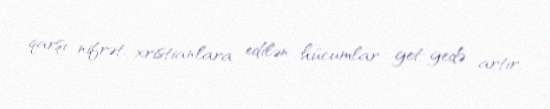
qarşı nifrət, xristianlara edilən hücumlar get-gedə artır.